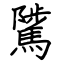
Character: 騭